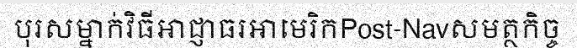
បុរសម្នាក់វិធីអាជ្ញាធរអាមេរិកPost-Navសមត្ថកិច្ច